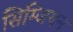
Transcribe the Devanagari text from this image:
सिम्जियन